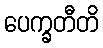
ပေက္ခတီတိ